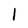
Character: I